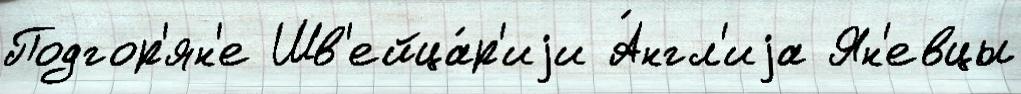
Подгор'ян'е Шв'ейца́р'иjи А́нгл'иjа Ян'евцы